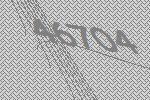
46704